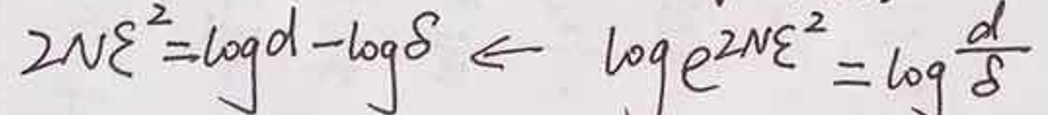
\[
2N\varepsilon^{2}=\log d-\log\delta\leqslant\log e^{2N\varepsilon^{2}}=\log\frac{d}{\delta}
\]